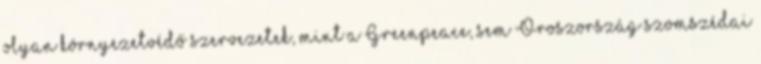
olyan környezetvédő szervezetek, mint a Greenpeace, sem Oroszország szomszédai